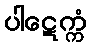
ပါဋေက္ကံ